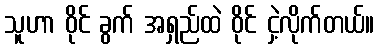
သူဟာ ဝိုင် ခွက် အရှည်ထဲ ဝိုင် ငှဲ့လိုက်တယ်။